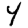
Digit: 4